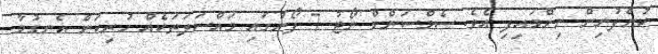
ކުންފުނިން ނިންމައިފި އެވެ. ސެމްސަންގް ނޯޓު 7 ފޯނުގައި މައްސަލަތަކެއް ހުރިކަން އެނގުމާ